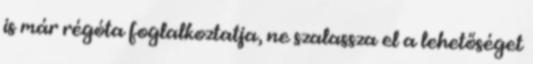
is már régóta foglalkoztatja, ne szalassza el a lehetőséget